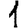
Digit: 1